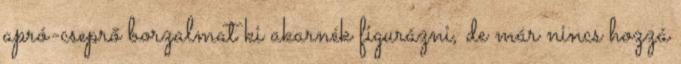
apró-cseprő borzalmat ki akarnék figurázni, de már nincs hozzá